Indian Medical Review
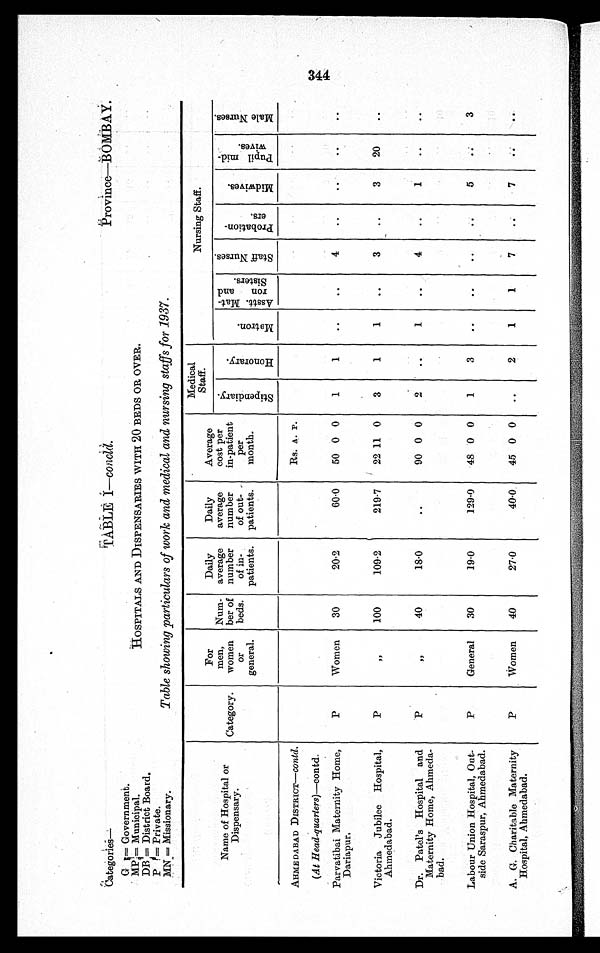
Categories—
TABLB—concld.
Province—BOMBAY
G = Government.
HOSPITALS AND DISPENSARIES WITH 20 BEDS OR OVER.
MP = Municipal.
DB = District Board.
P = Private.
Table showing particulars of work and medical and nursing staffs for 1937.
MN = Missionary.
Name of Hospital or
Dispensary.
Category.
For
men,
women
or
general.
Num-
ber of
beds.
Daily
average
number
of in-
patients.
Daily
average
number
of out-
patients.
Average
cost per
in-patient
per
month.
Medical
.
Sta
ff.
Nursing Staff.
S t i p e n d i a r y .
H o n o r a r y .
M a t r o n A s s . M a t r o n a n d S i s t e r .
St a f f Nu r s e s .
P r o b a t i o n e r s .
M i d w i v e s .
P u p i l m i d - w i v e s .
M a l e N u r s e s
AHMEDABAD DISTRICT—contd.
Rs. A. P.
(At Head-quarters)—contd.
Parvatibai Maternity Home,
Dariapur.
P
Women
30
20·2
60·0
50 0 0
1
1
..
..
Victoria Jubilee Hospital,
Ahmedabad.
P
, ,
100
109·2
219·7
22 11 0
3
1
1
..
3
..
3
20
..
Dr. Patel's Hospital and
Maternity Home, Ahmeda-
bad.
P
, ,
40
18·0
..
90 0 0
2
..
1
..
4
..
1
..
..
Labour Union Hospital, Out-
side Saraspur, Ahmedabad.
P
General
30
19·0
129·0
48 0 0
1
5
..
3
A. G. Charitable Maternity
Hospital, Ahmedabad.
P
Women
40
27·0
40·0.
45 0 0
..
2
1
1
7
3 4 4